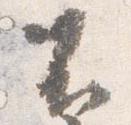
不